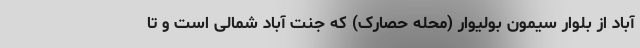
آباد از بلوار سیمون بولیوار (محله حصارک) که جنت آباد شمالی است و تا